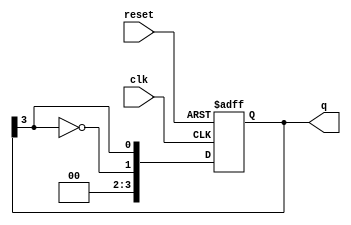
module johnson_counter #(
    parameter n = 4 // Number of flip-flops
)(
    input wire clk,           // Clock input
    input wire reset,         // Asynchronous reset input
    output reg [n-1:0] q      // Counter output
);

// Always block triggered on the rising edge of the clock or when reset is asserted
always @(posedge clk or posedge reset) begin
    if (reset) begin
        // Asynchronous reset: set all outputs to 0
        q <= {n{1'b0}};
    end else begin
        // Johnson counter logic: shifting and feedback
        q <= {~q[n-1], q[n-1:n-1]}; // Shift the output and feedback the inverted last output
    end
end

endmodule